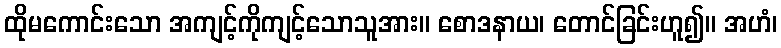
ထိုမကောင်းသော အကျင့်ကိုကျင့်သောသူအား။ စောဒနာယ၊ တောင်ခြင်းဟူ၍။ အဟံ၊